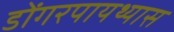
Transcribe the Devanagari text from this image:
डोंगरपायथ्यास